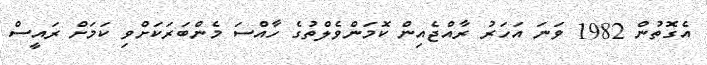
އެގޮތުން 1982 ވަނަ އަހަރު ރާއްޖެއިން ކޮމަންވެލްތުގެ ހާއްސަ މެންބަރަކަށްވި ކަމަށް ރައީސް